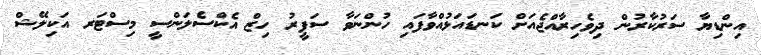
އިންޑިޔާ ސަރުކާރުން ދިވެހިރާއްޖެއަށް ކަނޑައަޅުއްވާފައި ހުންނަވާ ސަފީރު ހިޒް އެކްސެލަންސީ މިސްޓަރ އަކިލޭޝް